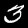
Digit: 3